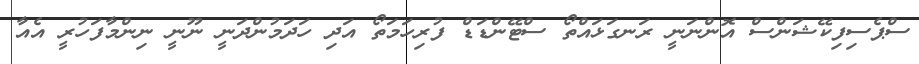
ސްޕެސިފިކޭޝަންސް އޮންނަނީ ރަނގަޅައްތޯ ސްޓޭންޑަޑް ފުރިހަމަތޯ އަދި ހަދަމުންދަނީ ނޫނީ ނިންމާފަހުރީ އެއާ